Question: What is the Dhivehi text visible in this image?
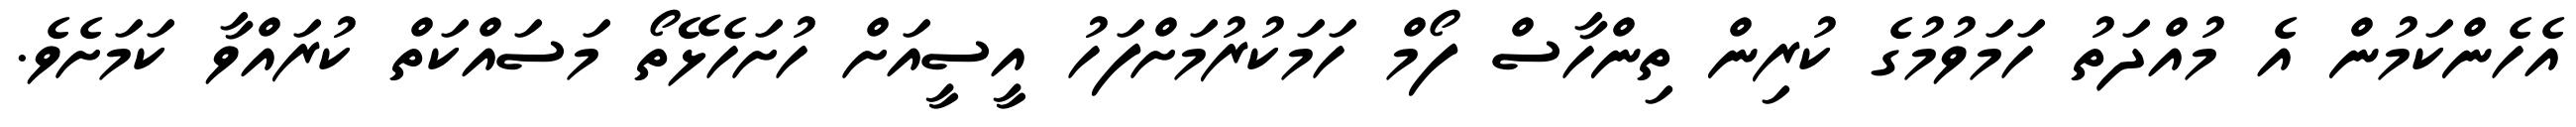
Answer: އެހެންކަމުން އެ މުއްދަތު ހަމަވުމުގެ ކުރިން ތިންހާސް ފޯމް ހަމަކުރުމަށްފަހު އީސީއަށް ހުށަހެޅޭތޯ މަސައްކަތް ކުރައްވާ ކަމަށެވެ.